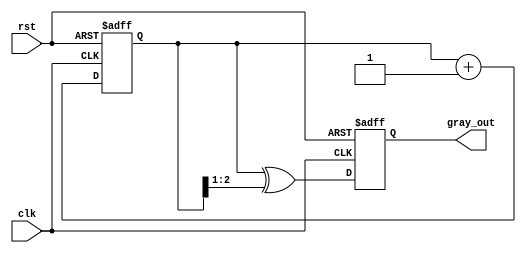
module gray_code_counter #(
    parameter n = 3  // Parameter defining the bit width of the counter
)(
    input wire clk,      // Clock signal
    input wire rst,      // Asynchronous reset signal
    output reg [n-1:0] gray_out  // n-bit Gray code output
);

    reg [n-1:0] binary_count; // Internal binary counter

    // Gray code conversion function
    function [n-1:0] binary_to_gray;
        input [n-1:0] binary;
        begin
            binary_to_gray = binary ^ (binary >> 1);
        end
    endfunction

    // Sequential logic: Update the counter on the clock's rising edge
    always @(posedge clk or posedge rst) begin
        if (rst) begin
            // Reset the counter to 0
            binary_count <= 0;
            gray_out <= 0; // Gray code output reset to 0
        end else begin
            // Increment the binary counter
            binary_count <= binary_count + 1;
            // Convert binary to Gray code
            gray_out <= binary_to_gray(binary_count);
        end
    end

endmodule